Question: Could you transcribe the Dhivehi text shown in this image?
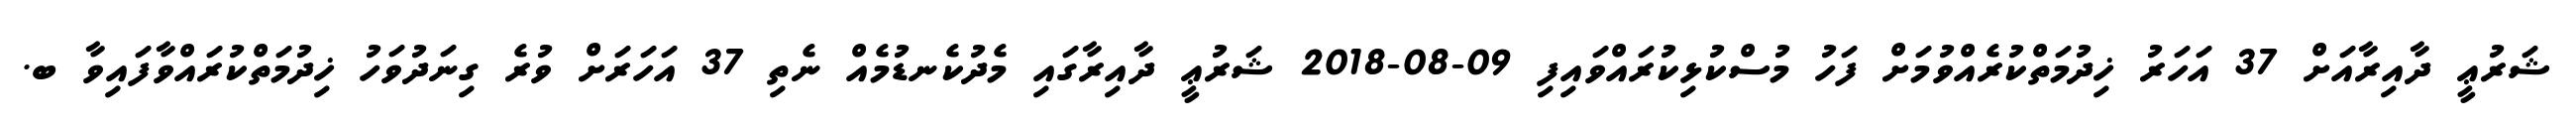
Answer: ޝަރުޢީ ދާއިރާއަށް 37 އަހަރު ޚިދުމަތްކުރެއްވުމަށް ފަހު މުސްކުޅިކުރައްވައިފި 09-08-2018 ޝަރުޢީ ދާއިރާގައި މެދުކެނޑުމެއް ނެތި 37 އަހަރަށް ވުރެ ގިނަދުވަހު ޚިދުމަތްކުރައްވާފައިވާ ބ.